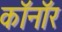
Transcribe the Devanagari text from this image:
कॉनॉर